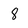
Character: 8